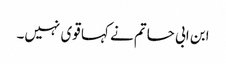
ابن ابی حاتم نے کہا قوی نہیں۔